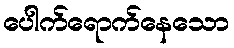
ပေါက်ရောက်နေသော